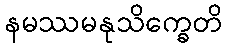
နမဿမနုသိက္ခေတိ